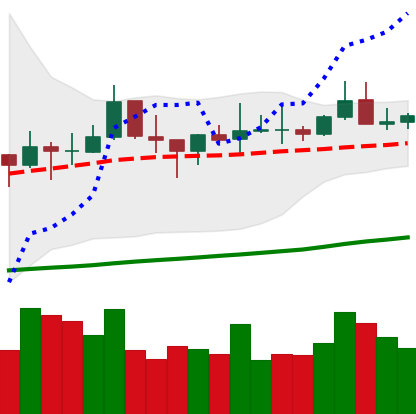
Ticker: TRX-USD
Chart end date: 2021-10-23
Forward return: -5.332%
Label: down_5_7